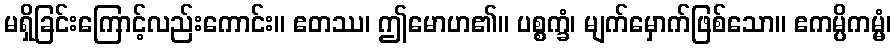
မရှိခြင်းကြောင့်လည်းကောင်း။ ဧတဿ၊ ဤမောဟ၏။ ပစ္စက္ခံ၊ မျက်မှောက်ဖြစ်သော။ ဧကမ္ပိကမ္မံ၊